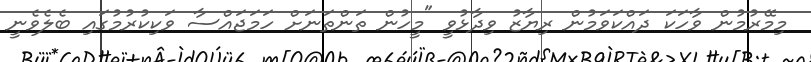
މިމޭރުމުން ވާހަކަ ދައްކަވަމުން ރިޔާޒު ވިދާޅުވީ "މީހުން ތަންތަނަށް ހަމަޖައްސާ ވަކިކުރުމުގައި ބެލެވެނީ